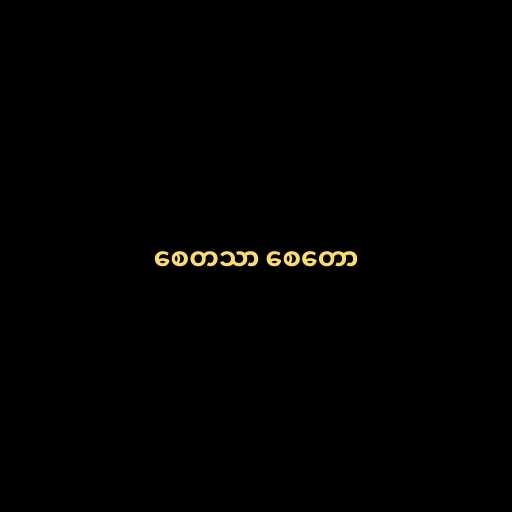
စေတသာ စေတော